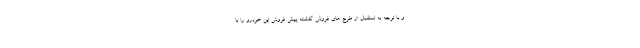
و با توجه به استقبال از طرح های فروش گذشته پیش فروش این خودرو را با